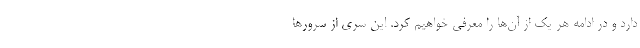
دارد و در ادامه هر یک از آن‌ها را معرفی خواهیم کرد. این سری از سرورها